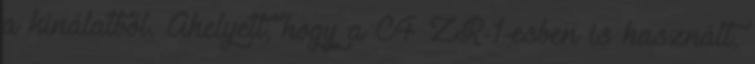
a kínálatból. Ahelyett, hogy a C4 ZR-1-esben is használt,